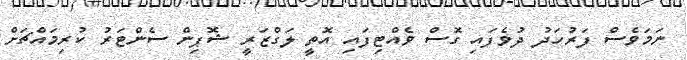
ނަމަވެސް ފަރުހަދު ދުވެފައި ގޮސް ވެއްޓިފައި އޮތީ ލަގްޒަރީ ޝޮޕިން ސެންޓަރު ކުރިމައްޗަށް